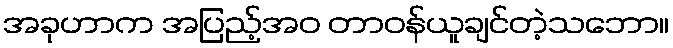
အခုဟာက အပြည့်အဝ တာဝန်ယူချင်တဲ့သဘော။